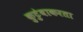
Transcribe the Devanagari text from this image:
कुटुंबाकरता